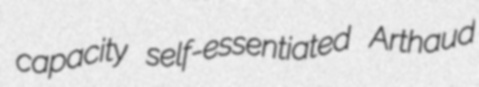
capacity self-essentiated Arthaud